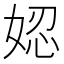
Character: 𡝖